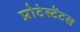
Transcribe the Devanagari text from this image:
प्रोटेस्टेंटस